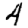
Digit: 4